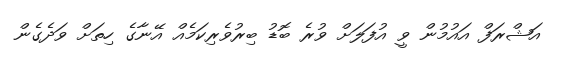
އަޝްރަފް އައުމުން ވީ އުފަލަށް ވުރެ ބޮޑު ބިރުވެރިކަމެއް އޭނާގެ ހިތަށް ވަދެގެން